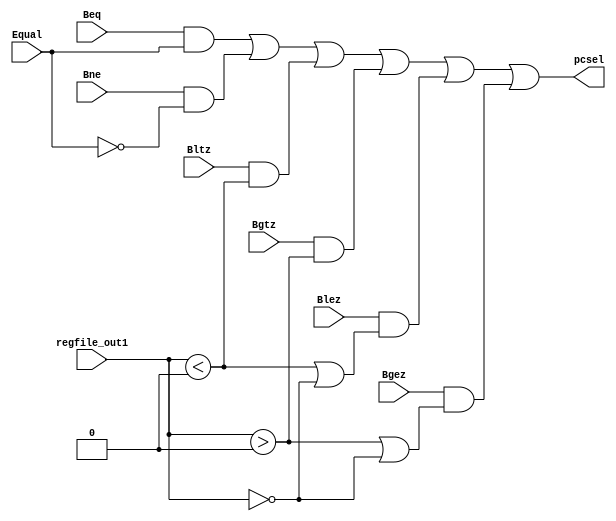
`timescale 1ns / 1ps
//////////////////////////////////////////////////////////////////////////////////
// Version: 2.19 18:45
//
//
//////////////////////////////////////////////////////////////////////////////////


module ConditionBranch
    #(parameter DATA_BITS = 32)
    (
    input wire Beq, //Beq
    input wire Bne,
    input wire Equal,   //Aluequal
    input wire Bltz,
    input wire Bgtz,
    input wire Blez,
    input wire Bgez,
    input wire [DATA_BITS - 1:0] regfile_out1,    //regfile
    output wire pcsel
    );
    wire bltz,bgtz,blez,bgez;
    assign pcsel = (Beq & Equal) | (Bne & (!Equal)) | bltz | bgtz | blez | bgez;
    assign bltz = (Bltz & ( $signed(regfile_out1) < $signed(0) ));
    assign bgtz = (Bgtz & ( $signed(regfile_out1) > $signed(0) ));
    assign blez = (Blez &(( $signed(regfile_out1) < $signed(0) ) | ( $signed(regfile_out1) == $signed(0) )));
    assign bgez = (Bgez &( ( $signed(regfile_out1) > $signed(0) ) | ( $signed(regfile_out1) == $signed(0) )));
endmodule